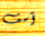
آسف